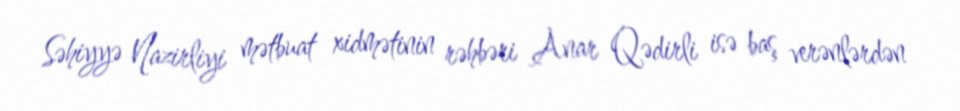
Səhiyyə Nazirliyi mətbuat xidmətinin rəhbəri Anar Qədirli isə baş verənlərdən